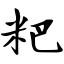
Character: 粑